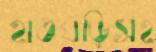
হাতঘড়িসহ